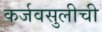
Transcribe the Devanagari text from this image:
कर्जवसुलीची